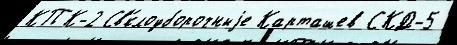
КПК-2 Св'́клоуборочныjе Карташев СКД-5